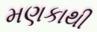
મણકાથી